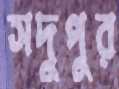
সদুপুর